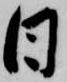
日